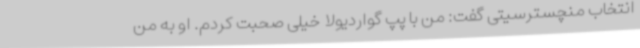
انتخاب منچسترسیتی گفت: من با پپ گواردیولا خیلی صحبت کردم. او به من